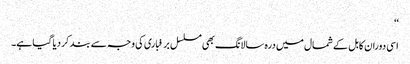
‘‘
اسی دوران کابل کے شمال میں درہ سالانگ بھی مسلسل برفباری کی وجہ سے بند کر دیا گیا ہے۔